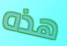
هذه